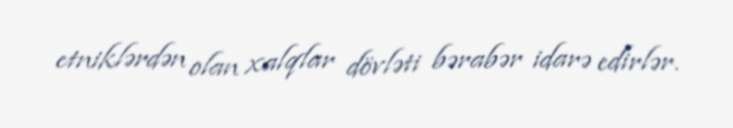
etniklərdən olan xalqlar dövləti bərabər idarə edirlər.